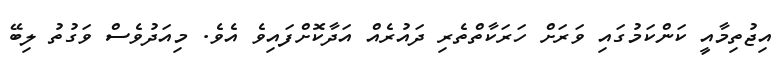
އިޖުތިމާއީ ކަންކަމުގައި ވަރަށް ހަރަކާތްތެރި ދައުރެއް އަދާކޮށްފައިވެ އެވެ. މިއަދުވެސް ވަގުތު ލިބޭ